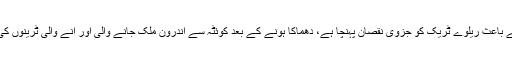
پولیس کا کہنا ہے کہ دھماکے کے باعث ریلوے ٹریک کو جزوی نقصان پہنچا ہے، دھماکا ہونے کے بعد کوئٹہ سے اندرون ملک جانے والی اور آنے والی ٹرینوں کی آمد و رفت کو روک دیا گیا ہے۔